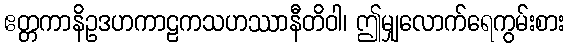
ဧတ္တကာနိဥဒဟကာဠကသဟဿာနီတိဝါ၊ ဤမျှလောက်ရေကွမ်းစား